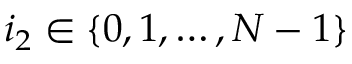
i _ { 2 } \in \{ 0 , 1 , \ldots , N - 1 \}